Civil Veterinary Dept. North-West Frontier Province 1933-46 - 1933-1946
Year: 1933
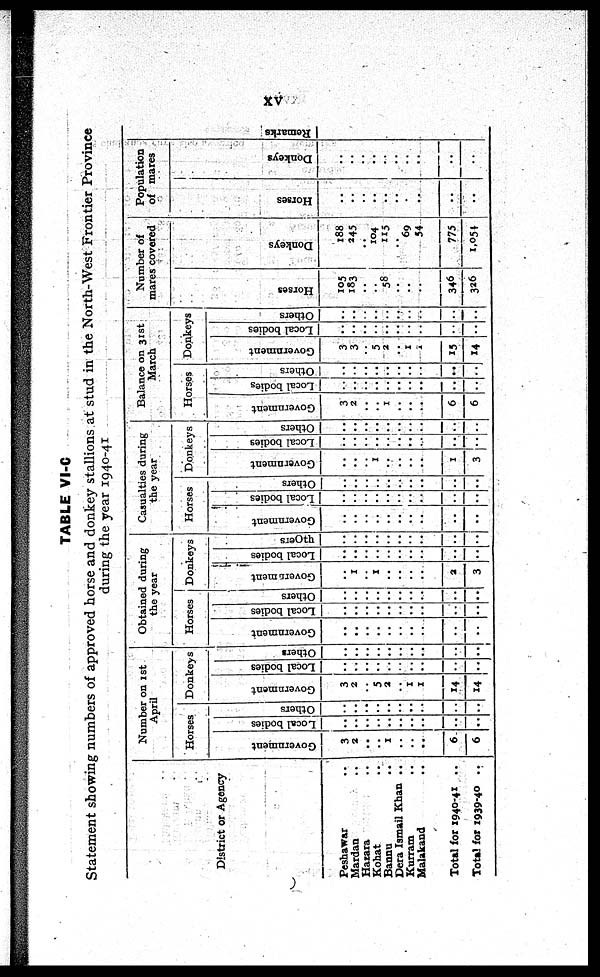
xv
TABLE Vl-C
Statement showing numbers of approved horse and donkey stallions at stud in the North-West Frontier Province
during the year 1940-41
District or Agency
Peshawar ..
Mardan ..
Hazara ..
Kohat ..
Bannu ..
Dera Ismail Khan .. ..
Kurram ..
Malakand ..
Total for 1940-41 ..
Total for 1939-40 ..
Number on 1st
April
Horses
Go v e r
n me n t
3
2
..
..
1
..
..
..
6
6
Local bodies
..
..
..
..
..
..
..
..
..
..
Ot her s
..
..
..
..
..
..
..
..
..
..
Donkeys
Government
3
2
..
5
2
..
1
1
14
14
Local bodies
..
..
..
..
..
..
..
..
..
..
Ot her s
..
..
..
..
..
..
..
..
..
..
Obtained during
the year
Horses
Go v e r
n me n t
..
..
..
..
..
..
..
..
..
..
Local bodies
..
..
..
..
..
..
..
..
..
..
Others
..
..
..
..
..
..
..
..
..
..
Donkeys
Government
..
1
..
1
..
..
..
..
2
3
Local bodies
..
..
..
..
..
..
..
..
..
..
Others
..
..
..
..
..
..
..
..
..
..
Casualties during
the year
Horses
Government
..
..
..
..
..
..
..
..
..
..
Local bodies
..
..
..
..
..
..
..
..
..
..
Ot her s
..
..
..
..
..
..
..
..
..
..
Donkeys
Government
..
..
..
1
..
..
..
..
1
3
Local bodies
..
..
..
..
..
..
..
..
..
..
Others
..
..
..
..
..
..
..
..
..
..
Balance on 31st
March
Horses
Government
3
2
..
..
1
..
..
..
6
6
Local bodies
..
..
..
..
..
..
..
..
..
..
Ot her s
..
..
..
..
..
..
..
.. ..
..
..
Donkeys
Go v e rn
me n t
3
3
..
5
2
..
1
1
15
14
Local bodi es
..
..
..
..
..
..
..
..
..
..
Others
..
..
..
..
..
..
..
..
..
..
Number of
mares covered
Hor s e s
105
183
..
..
58
..
..
..
346
326
Donke ys
188
245
..
104
115
..
69
54
775
1,054
Population
of mares
Hor s es
..
..
..
..
..
..
..
..
..
..
Donke ys
..
..
..
..
..
..
..
..
..
..
Re ma r
ks